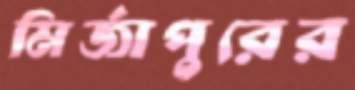
মির্জাপুরের